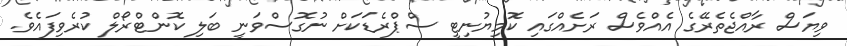
ވިޔަސް ރާއްޖެތެރޭގެ އެއްވެސް ރަށެއްގައި ކޮމިޔުނިޓީ ސްޕްރެޑަކަށް ނުގޮސްވަނީ ބަލި ކޮންޓްރޯލް ކުރެވިފައެވެ.